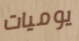
يوميات